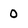
Character: 0